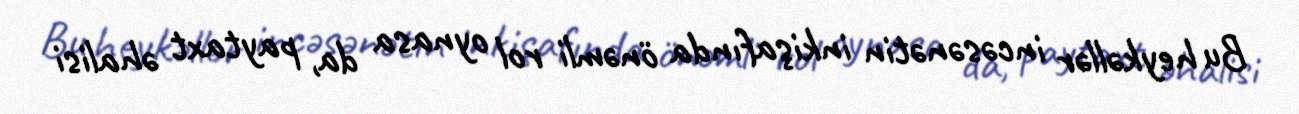
Bu heykəllər incəsənətin inkişafında önəmli rol oynasa da, paytaxt əhalisi